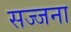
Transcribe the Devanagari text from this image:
सज्जना